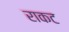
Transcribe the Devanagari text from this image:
राकट